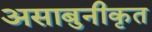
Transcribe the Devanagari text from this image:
असाबुनीकृत